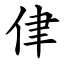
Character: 侓